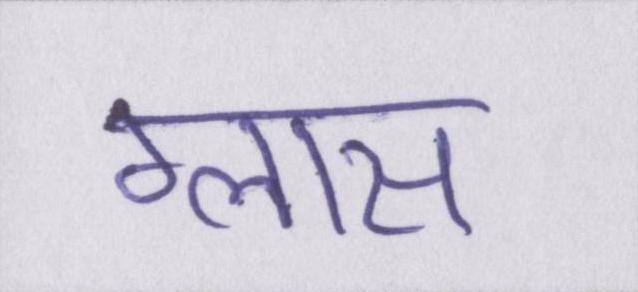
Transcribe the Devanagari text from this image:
ग्लास